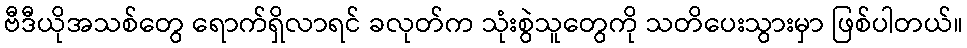
ဗီဒီယိုအသစ်တွေ ရောက်ရှိလာရင် ခလုတ်က သုံးစွဲသူတွေကို သတိပေးသွားမှာ ဖြစ်ပါတယ်။